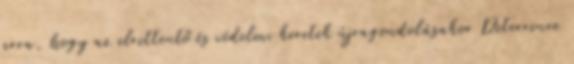
arra, hogy az elrettentő és védelmi keretek újragondolásakor Deterrence